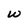
Character: W